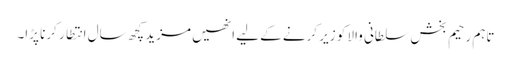
تاہم رحیم بخش سلطانی والا کو زیر کرنے کے لیے انھیں مزید کچھ سال انتطار کرنا پڑا۔